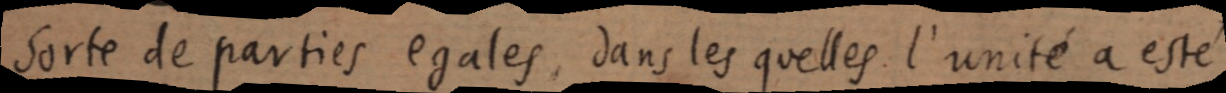
sorte de parties egales, dans les quelles l’unité a esté